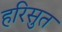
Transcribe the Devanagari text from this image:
हरिसुत